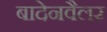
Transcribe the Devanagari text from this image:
बादेनवैलर